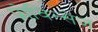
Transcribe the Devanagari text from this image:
प्रोविन्सेज